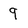
Character: 9